Report of the Hyderabad Chloroform Commission
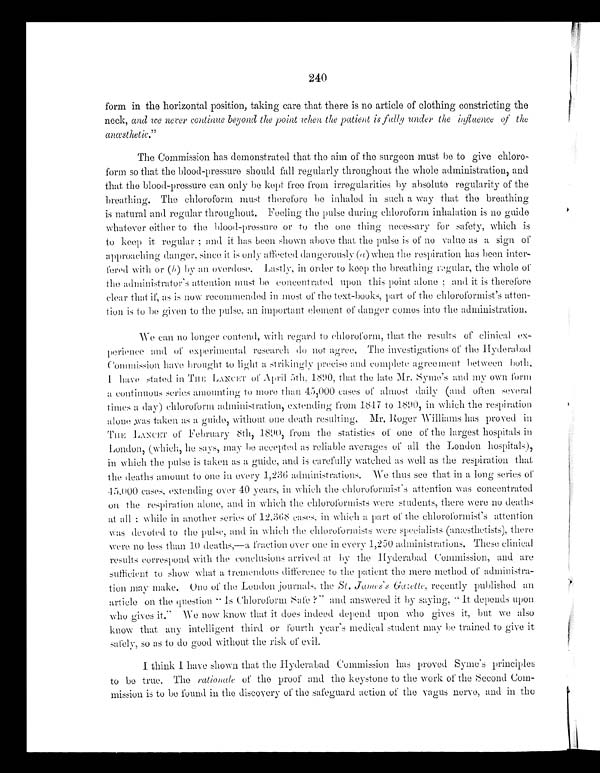
240
form in the horizontal position, taking care that there is no article of clothing constricting the
neck, and we never continue beyond the point when the patient is fully under the influence of the,
anæsthetic."
The Commission has demonstrated that the aim of the surgeon must be to give chloro-
form so that the blood-pressure should fall regularly throughout the whole administration, and
that the blood-pressure can only be kept free front irregularities by absolute regularity of the
breathing. The chloroform must therefore be inhaled in such a way that the breathing
is natural and regular throughout. Feeling the pulse during chloroform inhalation is no guide
whatever either to the blood-pressure or to the one thing necessary for safety, which is
to keep it regular; and it has been shown above that the pulse is of no value as a sign of
approaching danger, since it is only affected dangerously (a) when the respiration has been inter-
fered with or (b) by an overdose. Lastly
, in order to keep the breathing regular, the whole of
the administrator's attention must be concentrated upon this point alone; and it is therefore
clear that if, as is now recommended in most of the text-books, part of the chloroformist's atten-
-tion is to be given to the pulse, an important element of danger comes into the administration.
We can no longer contend, with regard to chloroform, that the results of clinical ex-
perience and of experimental
research do not agree. The investigations of the Hyderabad
Commission have brought to light a strikingly precise and complete agreement between
both. I have stated in THE LANCET of April 5th, 1890, that the late Mr. Syme's and my own form
a continuous series amounting to more than 45,000 cases of almost daily (and often several
times a day) chloroform administration, extending from 1847 to 1890, in which the respiration
alone was taken as a guide, without one death
resulting. Mr. Roger williams
has proved in
THE LANCET of February 8th, 1890, from the statistics of one of the largest hospitals in
London, (which, he says, may be accepted as reliable averages of all the London hospitals ),
in which the pulse is taken as a guide, and is carefully watched as well as the respiration that
the deaths amount to one in every 1,236 administrations. We thus see that in a long series of
45,000 cases, extending over 40 years, in which the chloroformist's
attention was concentrated
on the respiration alone, and in which the chloroformists were students, there were no deaths
at all; while in another series of 12,368 cases, in which a part of the chloroformist's attention
was devoted to the pulse, and in which the
chloroformists were specialists (anæsthetists), there
were no less than 10 deaths,—a fraction over one in every 1,250 administrations. These clinical
results correspond w ith the conclusions arrived at by the Hyderabad Commission, and are
sufficient to show what a tremendous difference to the patient the mere method of administra-
tion may make. One of the London journals, the St .James's Gazette, recently published an
article on the question "Is Chloroform?" and answered it by saying, "It depends upon
who gives it." We now know that it does indeed depend upon who gives it, but we also
know that any intelli g ent third or fourth year's medical student may he trained to give it
safely, so as to do good without the risk of evil.
1 think I have shown that the Hyderabad Commission has proved Syme's principles
to be true. The rationale of the proof and the keystone to the work of the Second Com-
mission is to be found in the discovery of the safeguard action of the vagus nerve, and in the